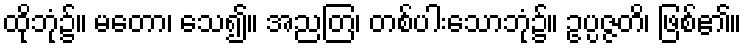
ထိုဘုံ၌။ မတော၊ သေ၍။ အညတြ၊ တစ်ပါးသောဘုံ၌။ ဥပ္ပဇ္ဇတိ၊ ဖြစ်၏။